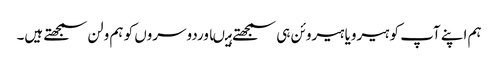
ہم اپنے آپ کو ہیرویا ہیروئن ہی سمجھتے ہیںاوردوسروں کو ہم ولن سمجھتے ہیں۔